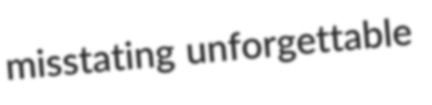
misstating unforgettable